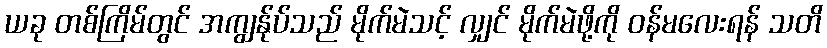
ယခု တစ်ကြိမ်တွင် အကျွန်ုပ်သည် မိုက်မဲသင့် လျှင် မိုက်မဲဖို့ကို ဝန်မလေးရန် သတိ